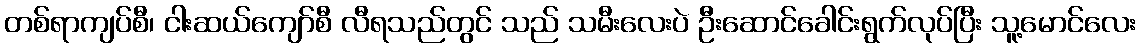
တစ်ရာကျပ်စီ၊ ငါးဆယ်ကျော်စီ လီရသည်တွင် သည် သမီးလေးပဲ ဦးဆောင်ခေါင်းရွက်လုပ်ပြီး သူ့မောင်လေး